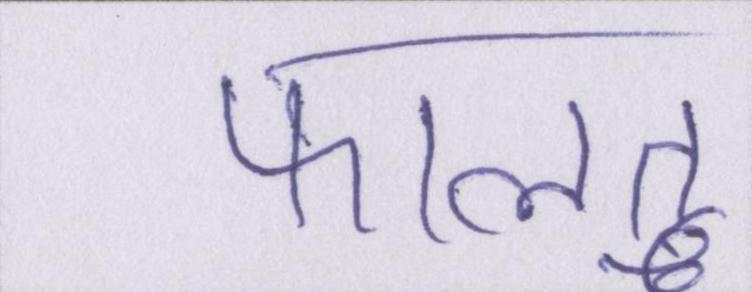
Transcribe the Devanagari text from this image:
फालतू